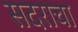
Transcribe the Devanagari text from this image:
सदराचा